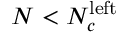
N < N _ { c } ^ { \mathrm { l e f t } }